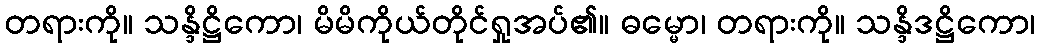
တရားကို။ သန္ဒိဋ္ဌိကော၊ မိမိကိုယ်တိုင်ရှုအပ်၏။ ဓမ္မော၊ တရားကို။ သန္ဒိဒဋ္ဌိကော၊